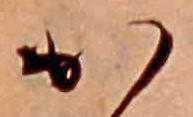
か